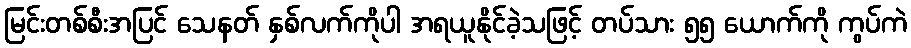
မြင်းတစ်စီးအပြင် သေနတ် နှစ်လက်ကိုပါ အရယူနိုင်ခဲ့သဖြင့် တပ်သား ၅၅ ယောက်ကို ကွပ်ကဲ